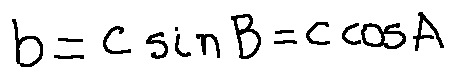
b = c \sin B = c \cos A